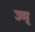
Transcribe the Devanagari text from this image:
ज्म्